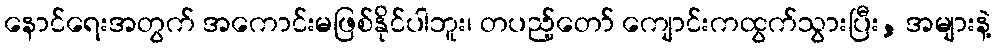
နောင်ရေးအတွက် အကောင်းမဖြစ်နိုင်ပါဘူး၊ တပည့်တော် ကျောင်းကထွက်သွားပြီး, အများနဲ့